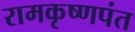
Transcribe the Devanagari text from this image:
रामकृष्णपंत